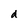
Character: d